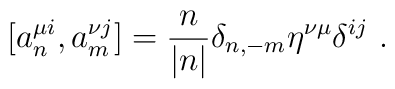
[a_n^{\mu i},a^{\nu j}_m]=\frac{n}{|n|}\delta _{n,-m}\eta ^{\nu \mu }\delta ^{ij}\ .